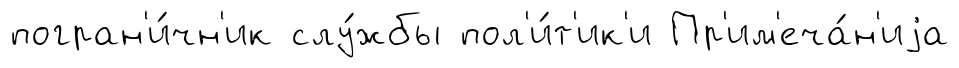
погран'и́чн'ик слу́жбы пол'и́т'ик'и Пр'им'еча́н'иjа